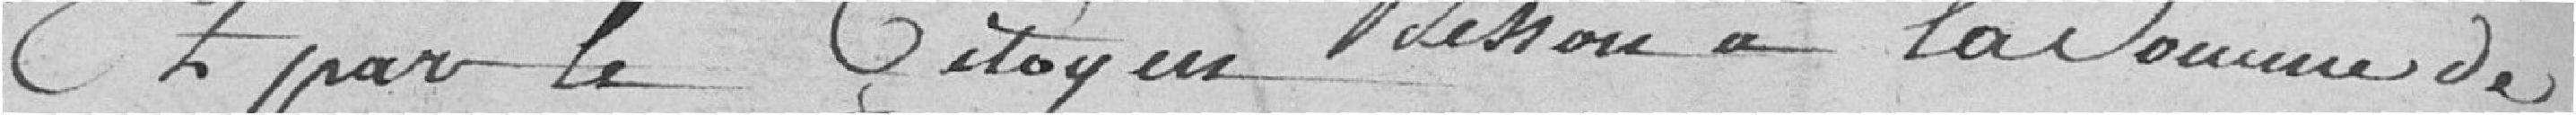
Et par le citoyen Besson à la somme de